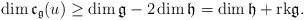
\begin{align*}\dim\mathfrak{c}_\mathfrak{g}(u)\geq\dim\mathfrak{g}-2\dim\mathfrak{h}=\dim\mathfrak{h}+\mathrm{rk}\mathfrak{g}.\end{align*}